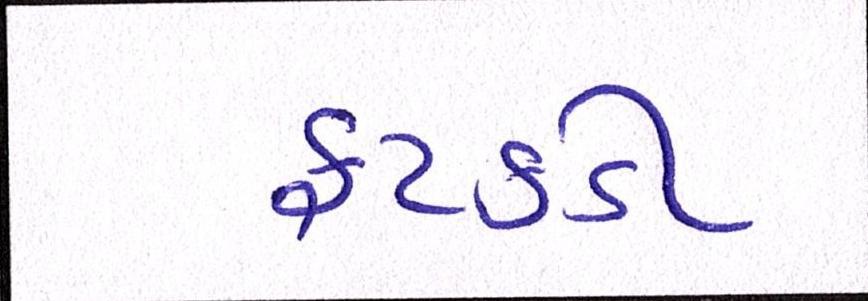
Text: ફટકડી